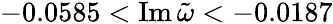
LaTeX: -0.0585<\operatorname{Im}\tilde{\omega}<-0.0187